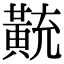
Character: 𪎽